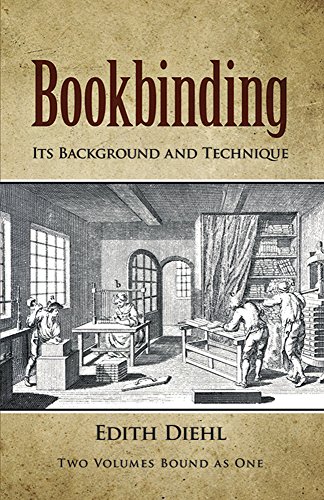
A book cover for Bookbinding: Its Background and Technique (Two Volumes Bound as One) (v. 1 & 2); Edith Diehl; Arts & Photography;